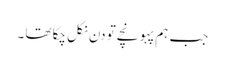
جب ہم پہو نچے تو دن نکل چکا تھا ۔